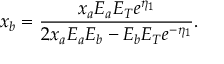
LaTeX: x _ { b } = \frac { x _ { a } E _ { a } E _ { T } e ^ { \eta _ { 1 } } } { 2 x _ { a } E _ { a } E _ { b } - E _ { b } E _ { T } e ^ { - \eta _ { 1 } } } .